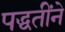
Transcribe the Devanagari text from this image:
पद्धतींने